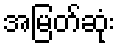
အမြတ်ဆုံး